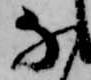
な